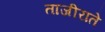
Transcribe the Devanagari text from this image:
ताजीराते